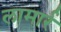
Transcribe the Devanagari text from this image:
लामार्र